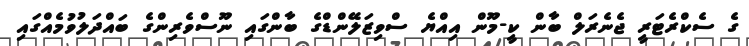
ގެ ސެކްރެޓަރީ ޖެނެރަލް ބާން ކީ-މޫން އިއްޔެ ސްވިޒަލޭންޑްގެ ބާންގައި ނޫސްވެރިންގެ ބައްދަލުވުމެއްގައި